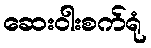
ဆေးဝါးစက်ရုံ